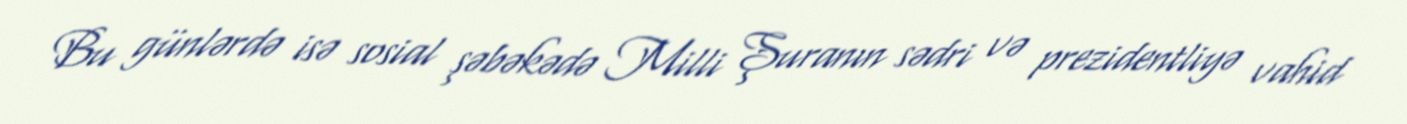
Bu günlərdə isə sosial şəbəkədə Milli Şuranın sədri və prezidentliyə vahid